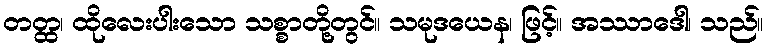
တတ္ထ၊ ထိုလေးပါးသော သစ္စာတို့တွင်။ သမုဒယေန၊ ဖြင့်။ အဿာဒေါ၊ သည်။